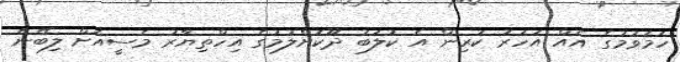
ހަމަވުމުގެ އެއް އަހަރު ކުރިން އެ ކުލަބު ދޫކޮށްލުމުގެ އިހްތިޔާރު މެސީއަށް ލިބޭނެ